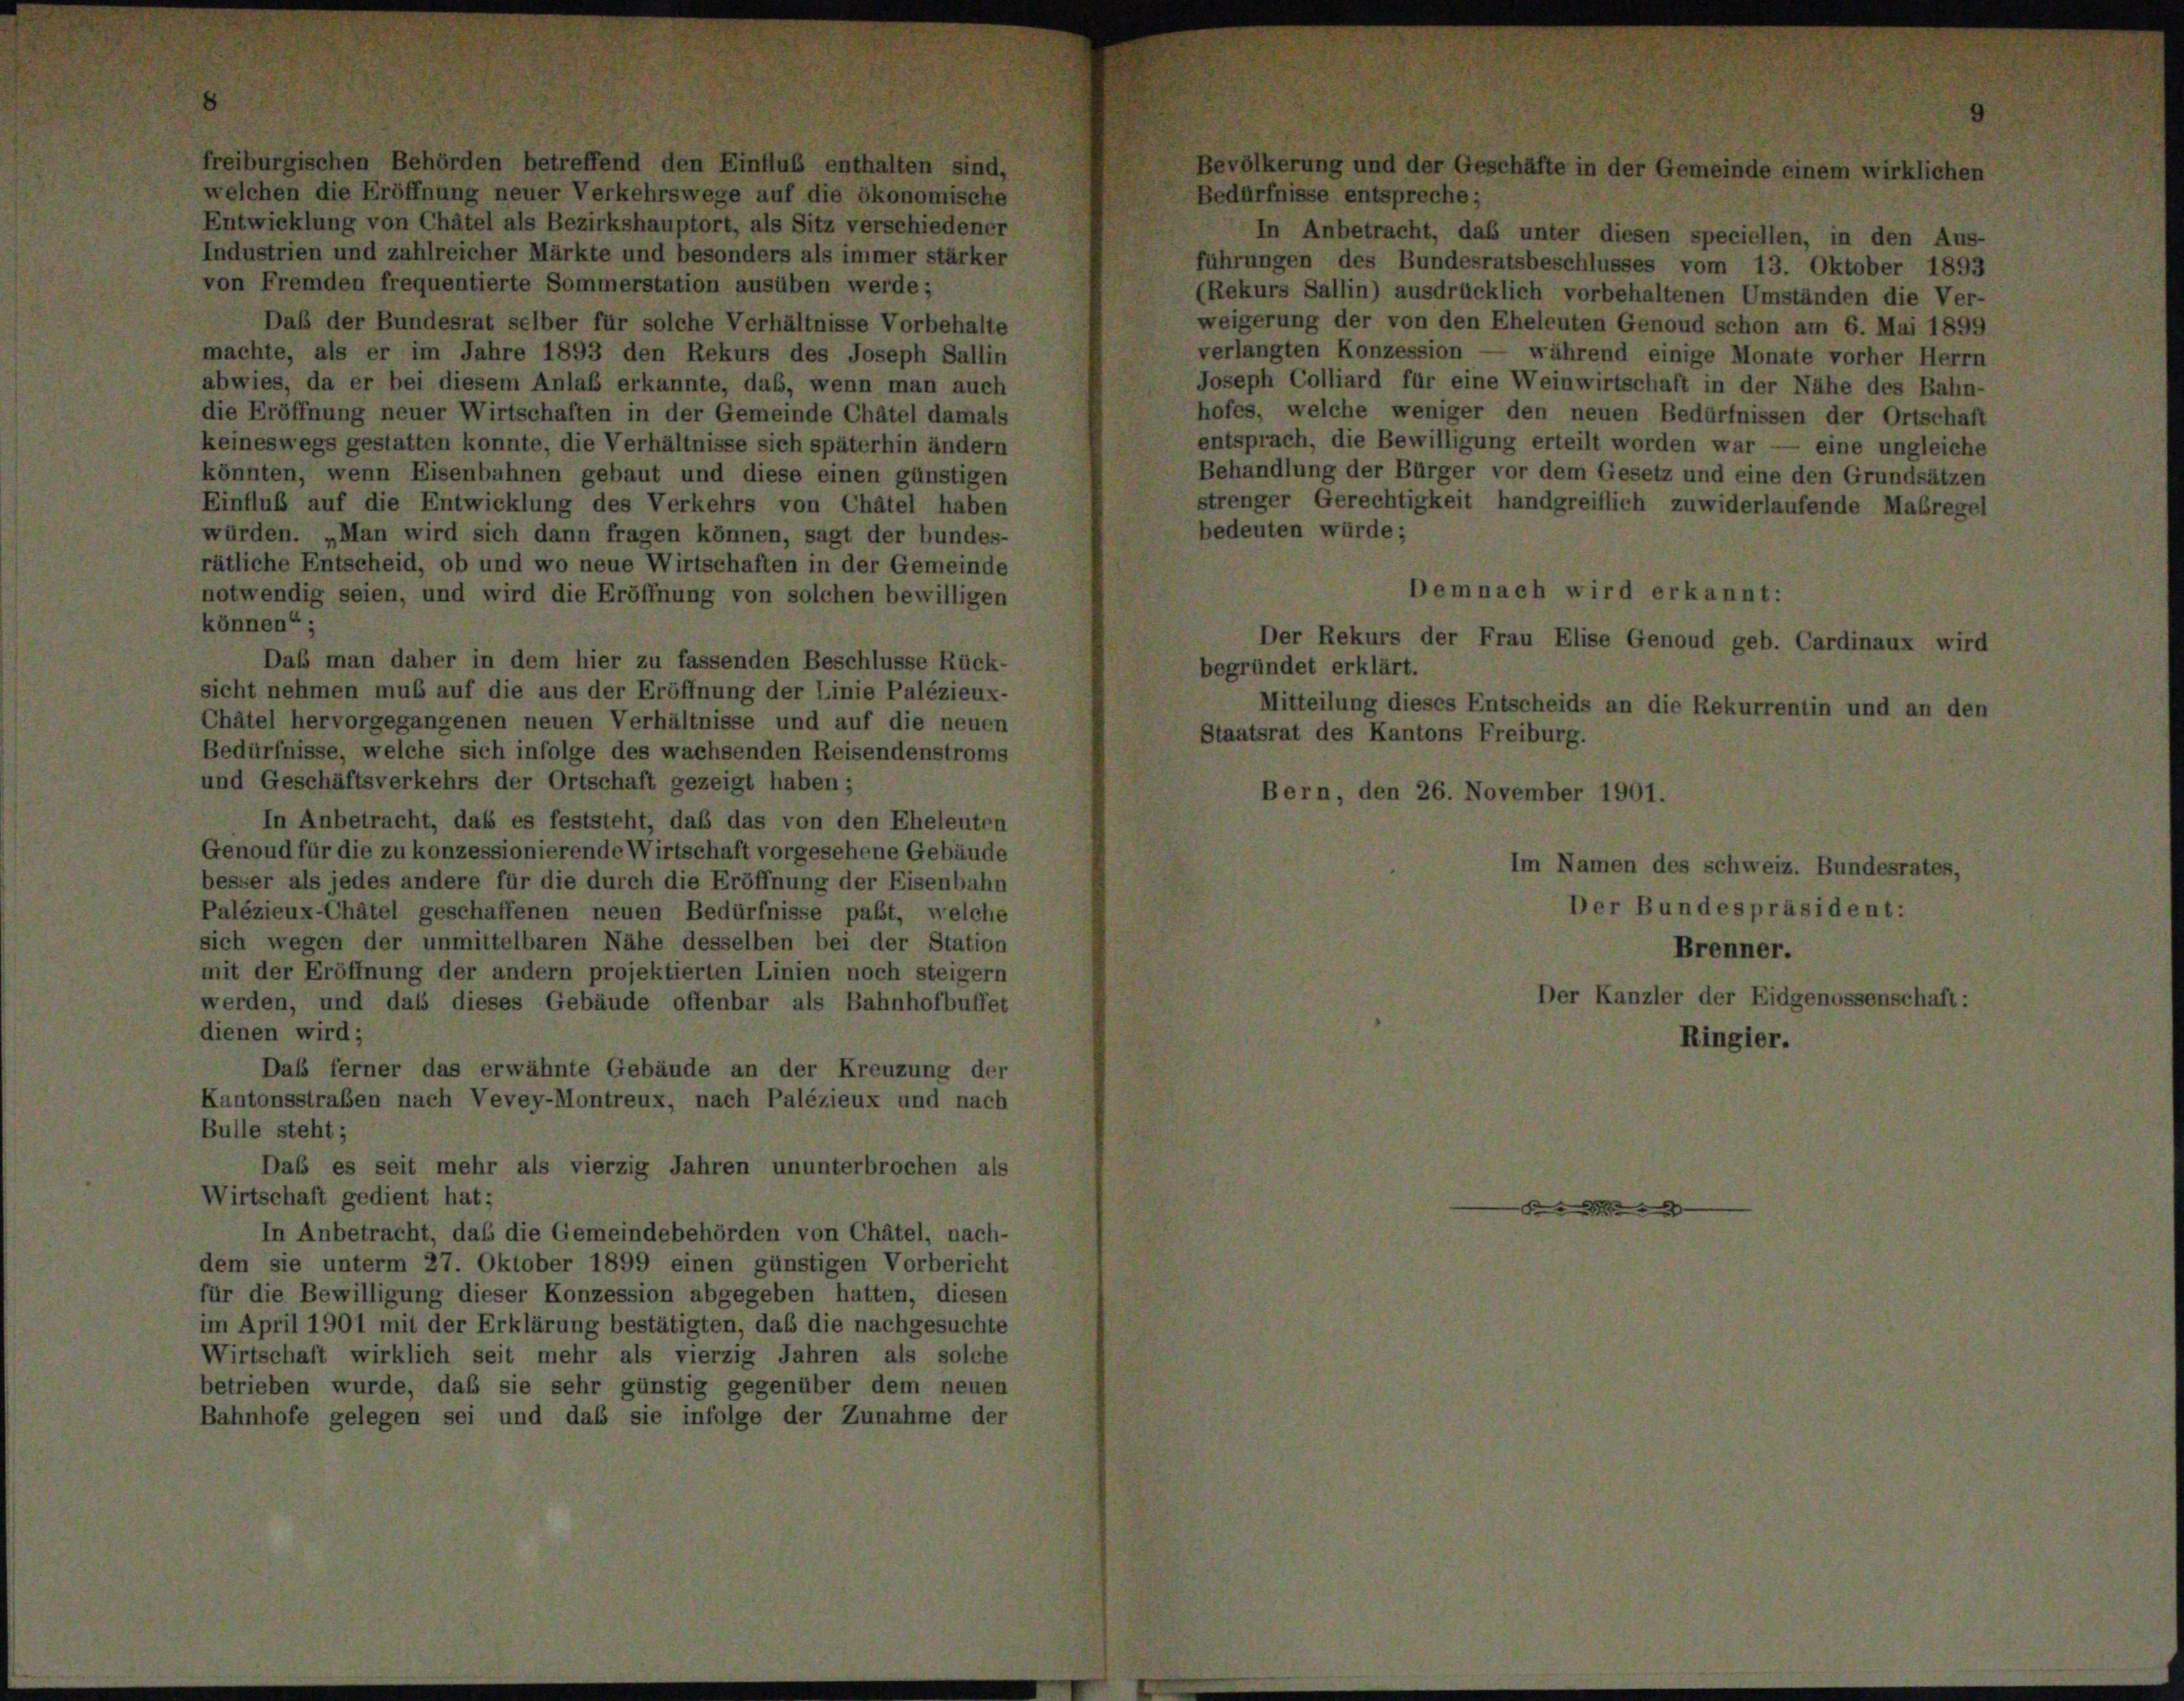
welchen die Eröffnung neuer Verkehrswege auf die ökonomische
Entwicklung von Châtel als Bezirkshauptort, als Sitz verschiedener
Industrien und zahlreicher Märkte und besonders als immer stärker
von Fremden frequentierte Sommerstation ausüben werde;
Daß der Bundesrat selber für solche Verhältnisse Vorbehalte
machte, als er im Jahre 1893 den Rekurs des Joseph Sallin
abwies, da er bei diesem Anlaß erkannte, daß, wenn man auch
die Eröffnung neuer Wirtschaften in der Gemeinde Chatel damals
keineswegs gestatten konnte, die Verhältnisse sich späterhin ändern
könnten, wenn Eisenbahnen gebaut und diese einen günstigen
Einfluß auf die Entwicklung des Verkehrs von Chätel haben
würden. „Man wird sich dann fragen können, sagt der bundes-
rätliche Entscheid, ob und wo neue Wirtschaften in der Gemeinde
notwendig seien, und wird die Eröffnung von solchen bewilligen
können“;
Daß man daher in dem hier zu fassenden Beschlüsse Rück-
sicht nehmen muß auf die aus der Eröffnung der Linie Palézieux-
Châtel hervorgegangenen neuen Verhältnisse und auf die neuen
Bedürfnisse, welche sich infolge des wachsenden Reisendenstroms
und Geschäftsverkehrs der Ortschaft gezeigt haben;
In Anbetracht, daß es feststeht, daß das von den Eheleuten
Genoud für die zu konzessionierende Wirtschaft vorgesehene Gebäude
besser als jedes andere für die durch die Eröffnung der Eisenbahn
Palézieux-Châtel geschaffenen neuen Bedürfnisse paßt, welche
sich wegen der unmittelbaren Nähe desselben bei der Station
mit der Eröffnung der andern projektierten Linien noch steigern
werden, und dass dieses Gebäude offenbar als Bahnhofbuffet
dienen wird;
Das ferner das erwähnte Gebäude an der Kreuzung der
Kantonsstraßen nach Vevey-Montreux, nach Palézieux und nach
Bulle steht;
Daß es seit mehr als vierzig Jahren ununterbrochen als
Wirtschaft gedient hat;
In Anbetracht, daß die Gemeindebehörden von Chätel, nach-
dem sie unterm 27. Oktober 1899 einen günstigen Vorbericht
für die Bewilligung dieser Konzession abgegeben hatten, diesen
im April 1901 mit der Erklärung bestätigten, daß die nachgesuchte
Wirtschaft wirklich seit mehr als vierzig Jahren als solche
betrieben wurde, daß sie sehr günstig gegenüber dem neuen
Bahnhofe gelegen sei und das sie infolge der Zunahme der

1 der Gesc

Bedürfnisse entspreche;
In Anbetracht, das unter diesen speciellen, in den Aus-
führungen des Bundesratsbeschlusses vom 13. Oktober 1893
(Rekurs Sallin) ausdrücklich vorbehaltenen Umständen die Ver-
weigerung der von den Eheleuten Genoud schon am 6. Mai 1899
verlangten Konzession — während einige Monate vorher Herrn
Joseph Colliard für eine Weinwirtschaft in der Nähe des Bahn-
hofes, welche weniger den neuen Bedürfnissen der Ortschaft
entsprach, die Bewilligung erteilt worden war — eine ungleiche
Behandlung der Bürger vor dem Gesetz und eine den Grundsätzen
strenger Gerechtigkeit handgreiflich zuwiderlaufer
bedeuten würde;
Demnach wird erkannt:
Der Rekurs der Frau Elise Genoud geb. Ci
begründet erklärt.
Mitteilung dieses Entscheids an die Rekurrentir
Staatsrat des Kantons Freiburg.
Bern, den 26. November 1901.

er

1 des s

u

z. Bu
despräsident